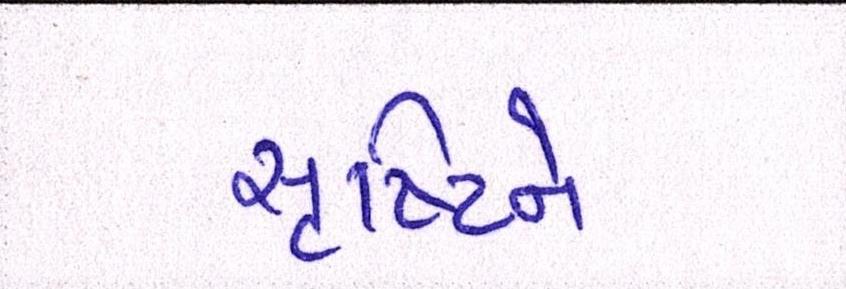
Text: સૃષ્ટિને